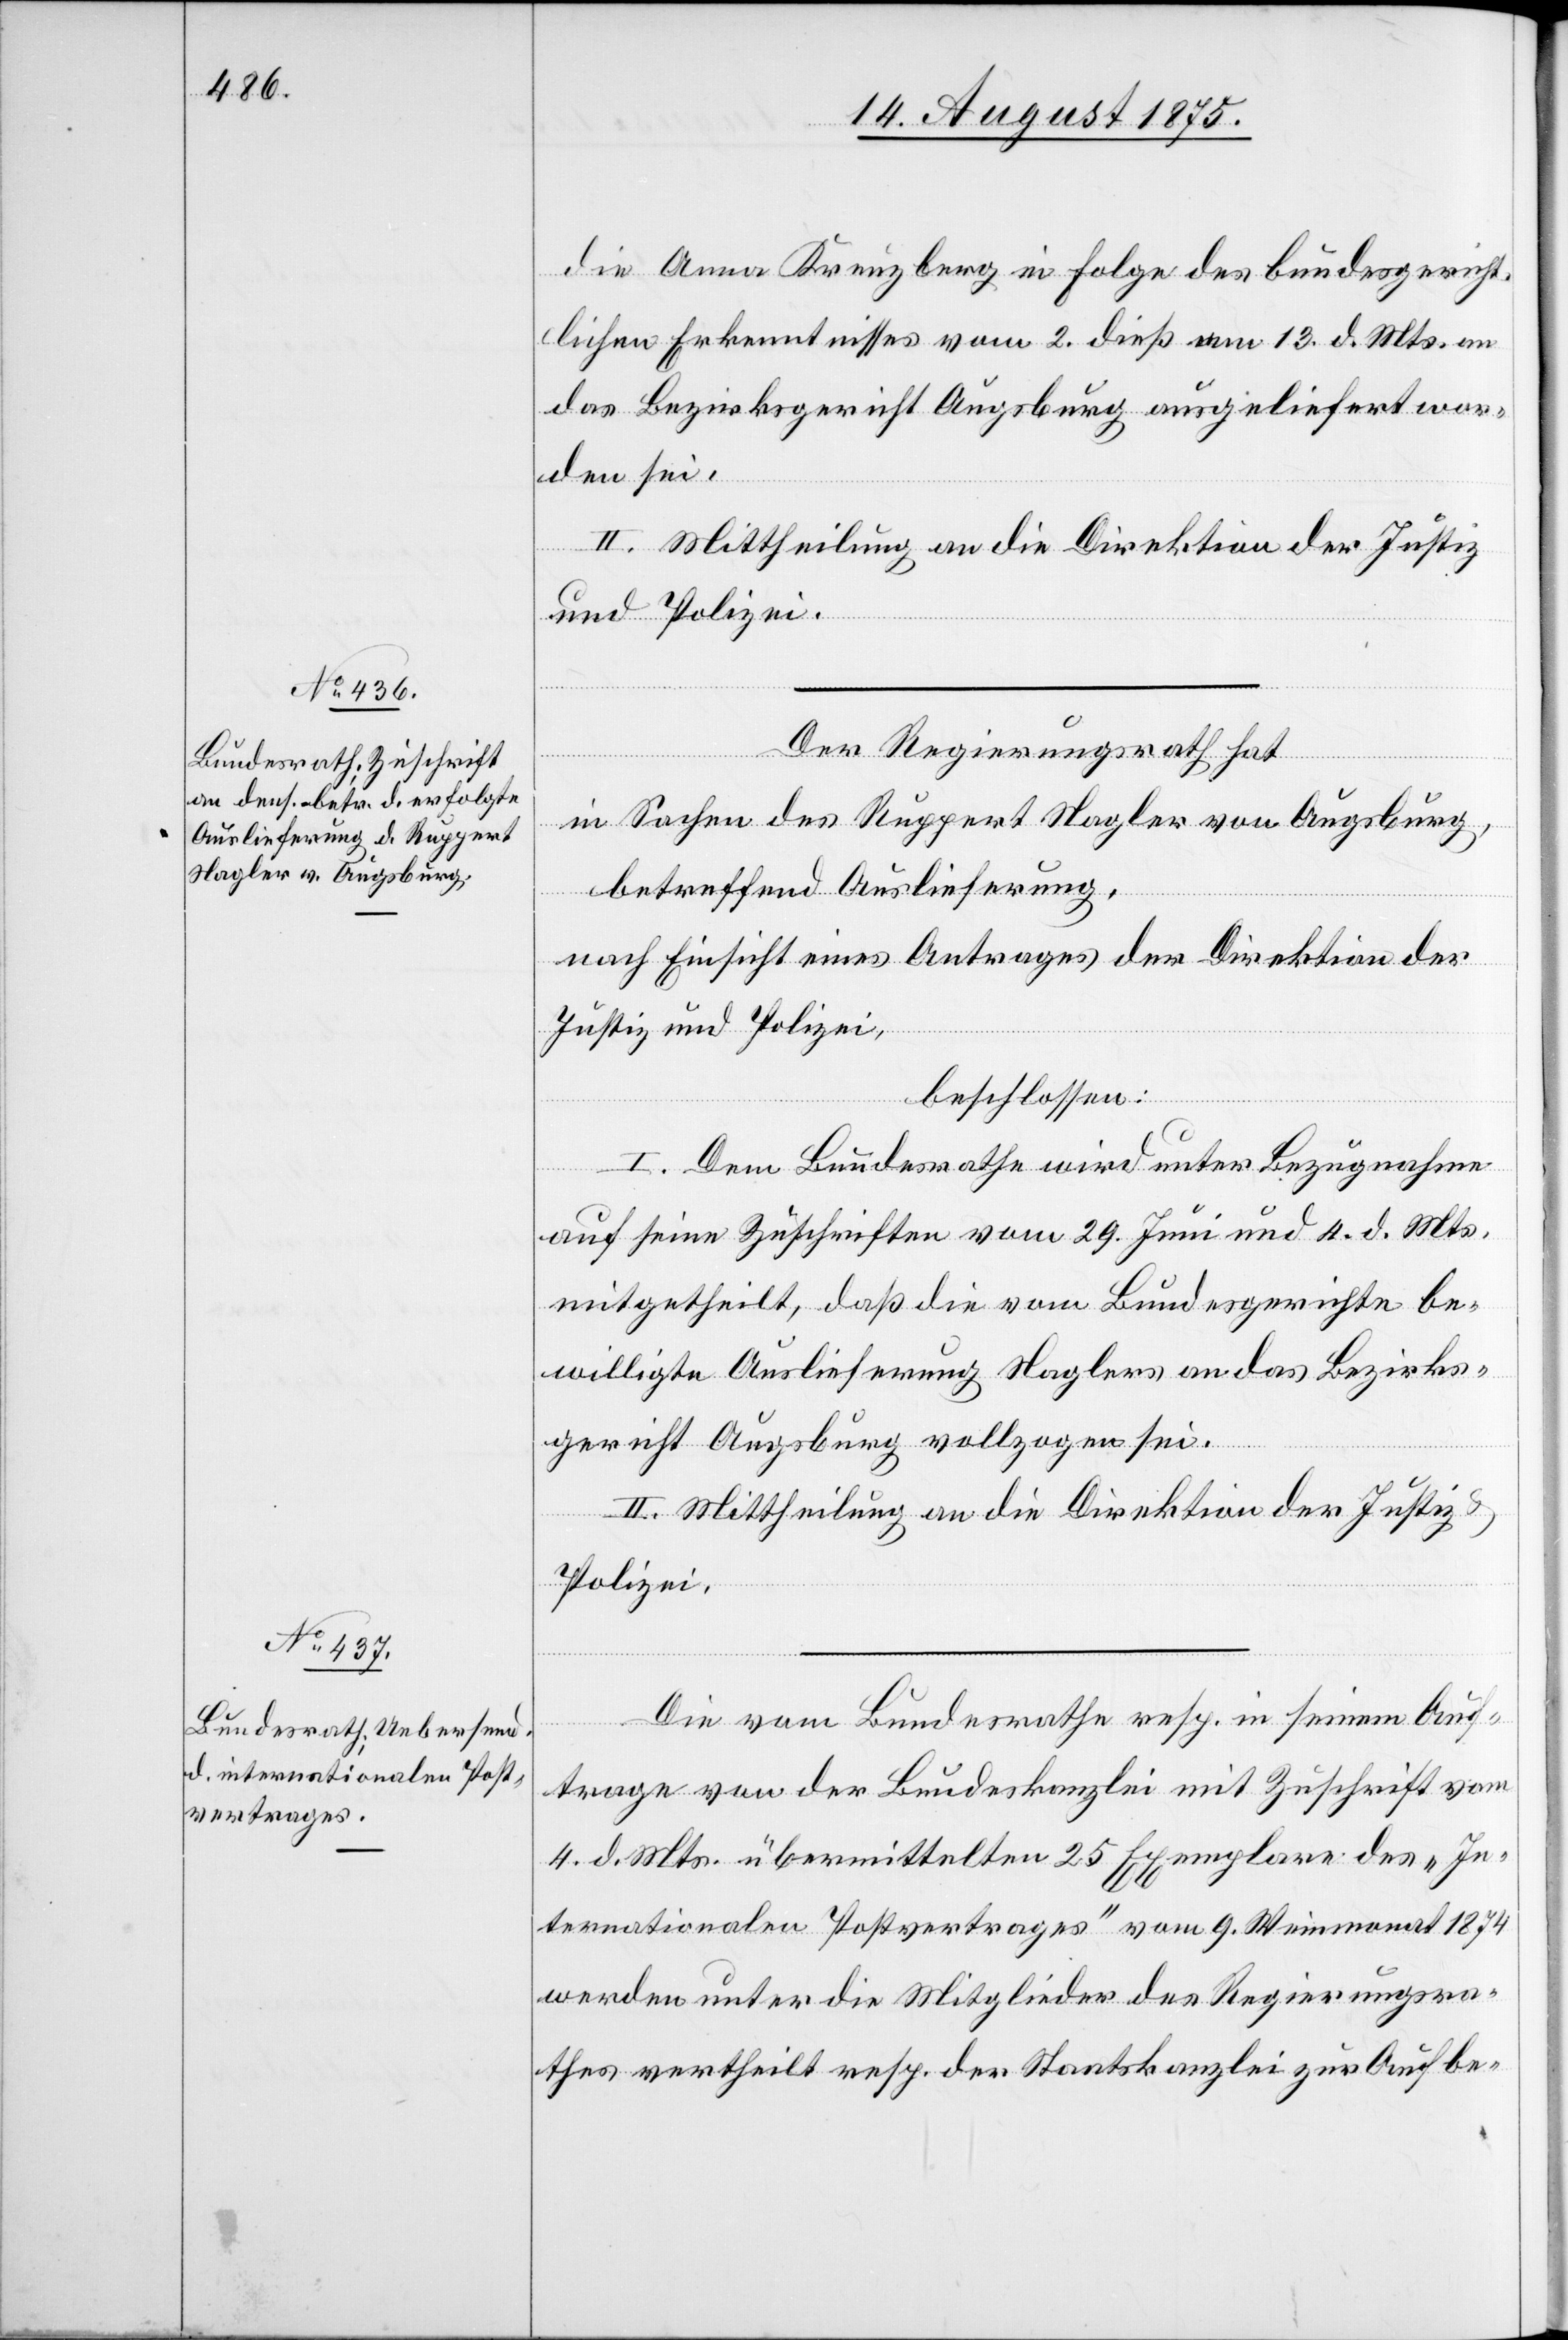
die Anna Kreuzberg in Folge des bundesgericht¬
lichen Erkenntnisses vom 2. dieß am 13. d. Mts. an
das Bezirksgericht Augsburg ausgeliefert wor¬
den sei.
II. Mittheilung an die Direktion der Justiz
und Polizei.
Der Regierungsrath hat
in Sachen des Ruppert Nagler von Augsburg,
betreffend Auslieferung,
nach Einsicht eines Antrages der Direktion der
Justiz und Polizei,
beschlossen:
I. Dem Bundesrathe wird unter Bezugnahme
auf seine Zuschriften vom 29. Juni und 4. d. Mts.
mitgetheilt, daß die vom Bundesgerichte be¬
willigte Auslieferung Naglers an das Bezirks¬
gericht Augsburg vollzogen sei.
II. Mittheilung an die Direktion der Justiz
Polizei.
Die vom Bundesrathe resp. in seinem Auf¬
trage von der Bundeskanzlei mit Zuschrift vom
4. d. Mts. übermittelten 25 Exemplare des „In¬
ternationalen Postvertrages“ vom 9. Weinmonat 1874
werden unter die Mitglieder des Regierungsra¬
thes vertheilt resp. der Staatskanzlei zur Aufbe-